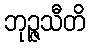
ဘုဉ္ဇသီတိ